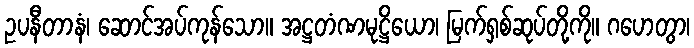
ဥပနီတာနံ၊ ဆောင်အပ်ကုန်သော။ အဋ္ဌတံဏမုဋ္ဌိယော၊ မြက်ရှစ်ဆုပ်တို့ကို။ ဂဟေတွာ၊